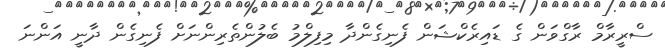
ސްރީރާމް ރާގްވަން ގެ ޑައިރެކްޝަން ފެނިގެންދާ މިފިލްމު ބެލުންތެރިންނަށް ފެނިގެން ދާނީ އަންނަ